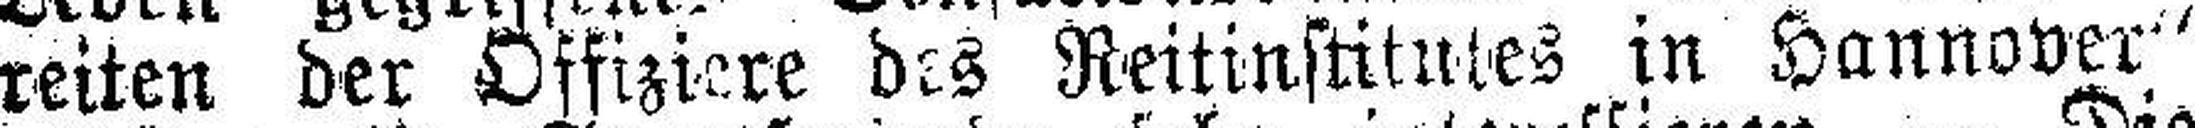
reiten der Offiziere des Reitinstitutes in Hannover“